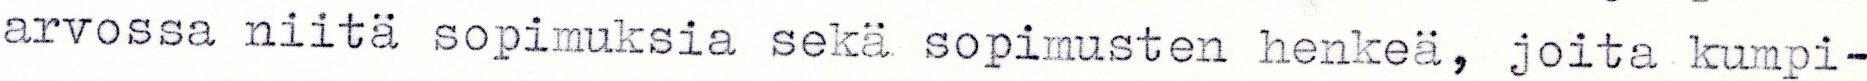
arvossa niita sopimuksia seka sopimusten henkea, joita kumpi-